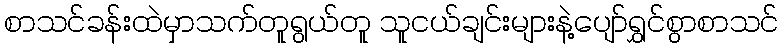
စာသင်ခန်းထဲမှာသက်တူရွယ်တူ သူငယ်ချင်းများနဲ့ပျော်ရွှင်စွာစာသင်